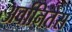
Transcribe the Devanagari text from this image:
अर्वानितेस